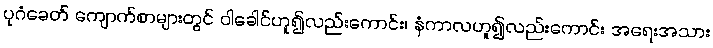
ပုဂံခေတ် ကျောက်စာများတွင် ဝါခေါင်ဟူ၍လည်းကောင်း၊ နံကာလဟူ၍လည်းကောင်း အရေးအသား